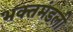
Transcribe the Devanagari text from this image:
भक्तमंडली